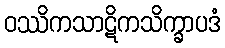
ဝဿိကသာဋိကသိက္ခာပဒံ